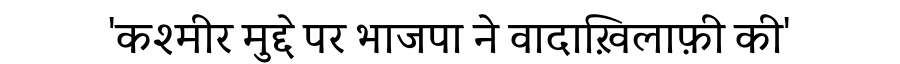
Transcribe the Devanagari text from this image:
'कश्मीर मुद्दे पर भाजपा ने वादाख़िलाफ़ी की'